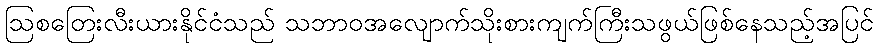
ဩစတြေးလီးယားနိုင်ငံသည် သဘာဝအလျောက်သိုးစားကျက်ကြီးသဖွယ်ဖြစ်နေသည့်အပြင်